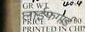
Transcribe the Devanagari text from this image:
लाईफगार्ड